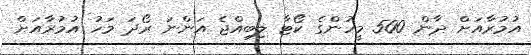
އުމުރާއަށް ދާން 500 މީހުންގެ ކޯޓާ ލިބިއްޖެ އަންނަ ރޯދަ މަހު އުމުރާއަށް